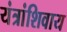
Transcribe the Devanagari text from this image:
यंत्रांशिवाय